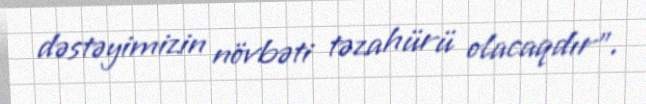
dəstəyimizin növbəti təzahürü olacaqdır".